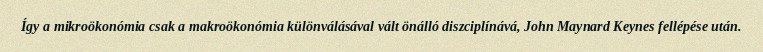
Így a mikroökonómia csak a makroökonómia különválásával vált önálló diszciplínává, John Maynard Keynes fellépése után.